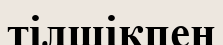
тілшікпен